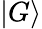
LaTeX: |G\rangle